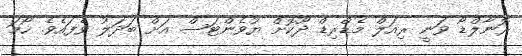
ރޮނާލްޑޯ ވަނީ ރިއަލް މެޑްރިޑް ދޫކޮށް ޔުވެންޓަސް އަށް ބަދަލު ވެފައެވެ. ހޯމަ